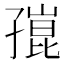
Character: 𡦒